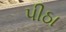
પીઠા